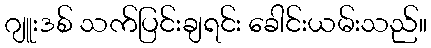
ဂျူးဒစ် သက်ပြင်းချရင်း ခေါင်းယမ်းသည်။